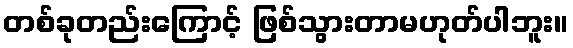
တစ်ခုတည်းကြောင့် ဖြစ်သွားတာမဟုတ်ပါဘူး။